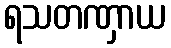
ရသတဏှာယ